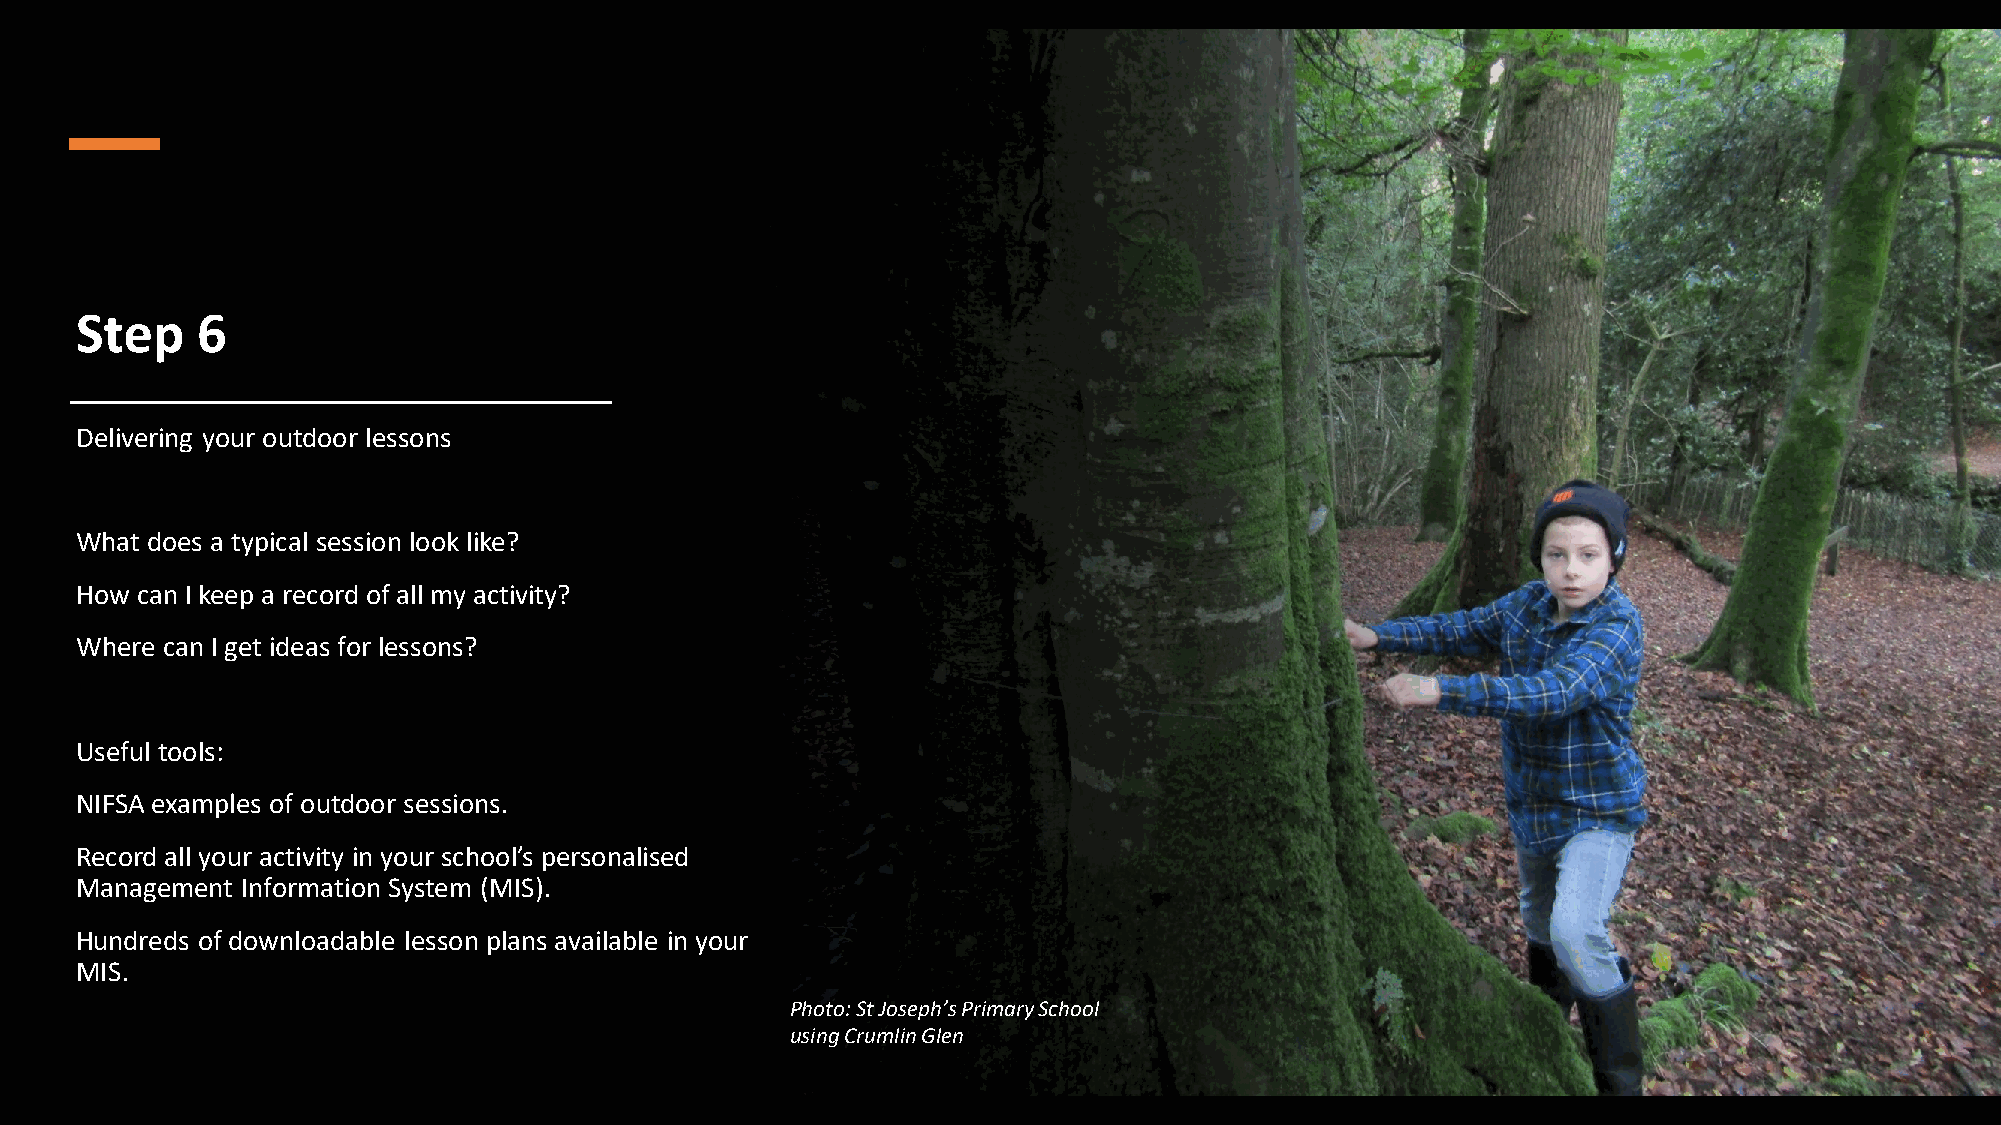
Step    6
 Delivering your outdoor lessons
 What does a typical session look like?
 How can I keep a record of all my activity?
 Where can I get ideas for lessons?
 Useful tools:
 NIFSA examples of outdoor sessions.
 Record all your activity in your school’s personalised
 Management Information System (MIS).
 Hundreds of downloadable lesson plans available in your
 MIS.
 Photo: St Joseph’s Primary School
 using Crumlin Glen